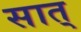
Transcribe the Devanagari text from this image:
सात्